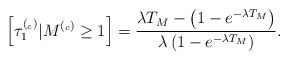
LaTeX: \begin{align*} \left[ \tau^{(_c)}_1 \vert M^{(_c)}\geq 1 \right] = \frac{\lambda T_{M} - \left( 1-e^{ -\lambda T_{M}}\right)}{\lambda \left( 1-e^{ -\lambda T_{M}}\right)}.\end{align*}